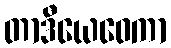
တာဒီယေဝေကာ